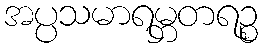
အပ္ပသမာရမ္ဘတရဉ္စ